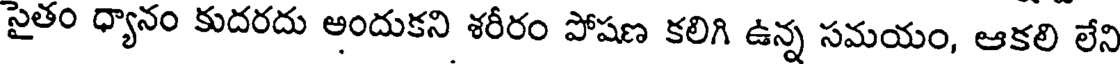
సైతం ధ్యానం కుదరదు అందుకని శరీరం పోషణ కలిగి ఉన్న సమయం, ఆకలి లేని